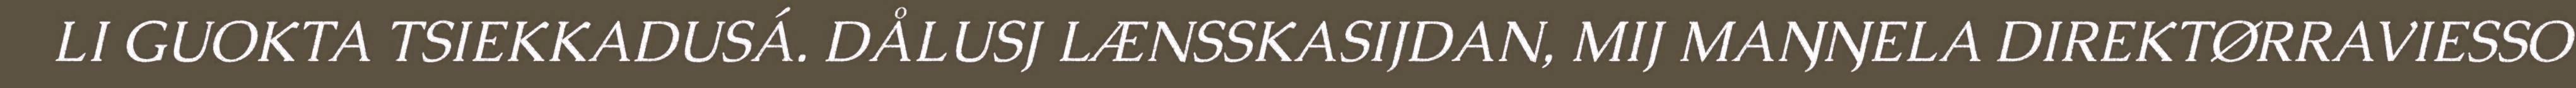
LI GUOKTA TSIEKKADUSÁ. DÅLUSJ LÆNSSKASIJDAN, MIJ MAŊŊELA DIREKTØRRAVIESSO